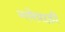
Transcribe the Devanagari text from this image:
गमेवाडी